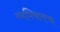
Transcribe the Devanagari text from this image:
व्यभिचाराचा